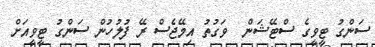
ސަންގު ޓީވީގެ ސްޓޭޝަން  ވަގުތު އިމޭޖެސް ރޭ ފުލުހުން ސަންގު ޓީވީއަށް